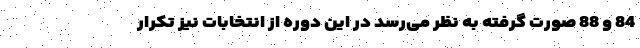
84 و 88 صورت گرفته به نظر می‌رسد در این دوره از انتخابات نیز تکرار